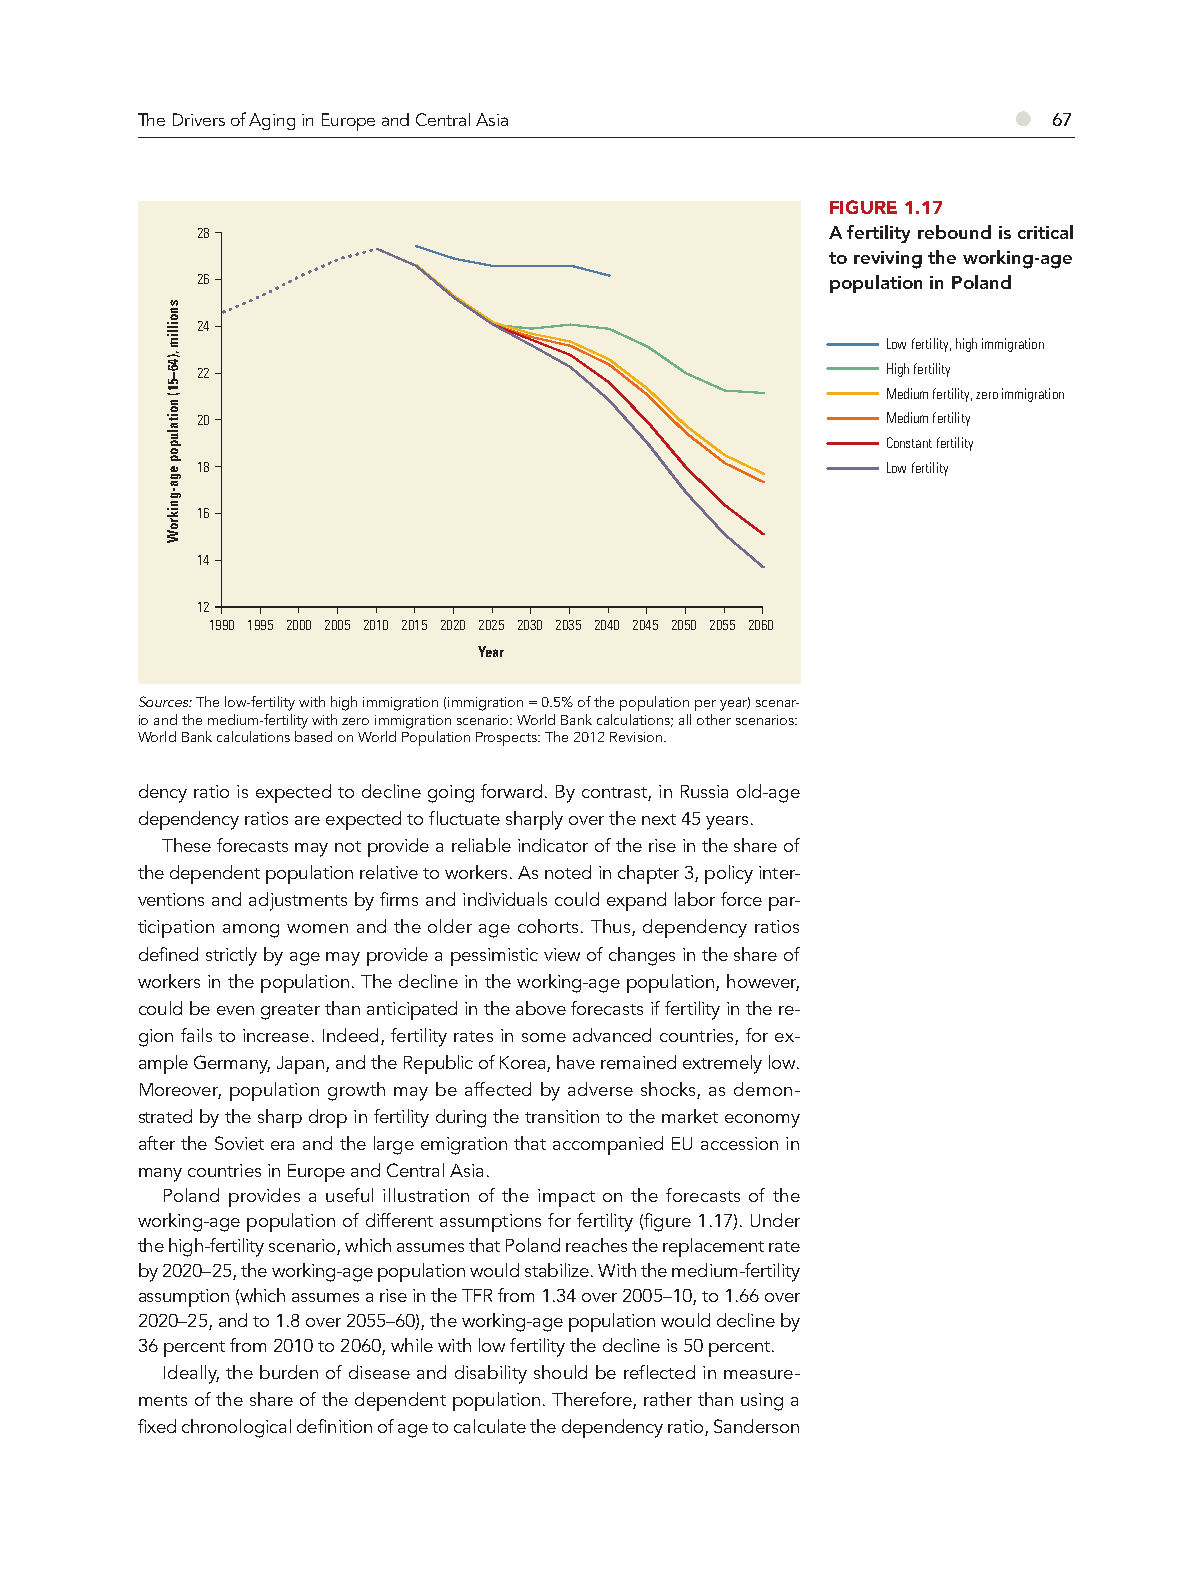
The Drivers of Aging in Europe and Central Asia           ●  67
 FIGURE 1.17
 28                                        A fertility rebound is critical
 to reviving the working-age
 26                                        population in Poland
 24
 Low fertility, high immigration
 22                                            High fertility
 Medium fertility, zero immigration
 20                                            Medium fertility
 Constant fertility
 18                                            Low fertility
 16
 14
 12
 1990 1995 2000 2005 2010 2015 2020 2025 2030 2035 2040 2045 2050 2055 2060
 Year
 Sources: The low-fertility with high immigration (immigration = 0.5% of the population per year) scenar-
 io and the medium-fertility with zero immigration scenario: World Bank calculations; all other scenarios:
 World Bank calculations based on World Population Prospects: The 2012 Revision.
 dency ratio is expected to decline going forward. By contrast, in Russia old-age
 dependency ratios are expected to fluctuate sharply over the next 45 years.
 These forecasts may not provide a reliable indicator of the rise in the share of
 the dependent population relative to workers. As noted in chapter 3, policy inter-
 ventions and adjustments by firms and individuals could expand labor force par-
 ticipation among women and the older age cohorts. Thus, dependency ratios
 defined strictly by age may provide a pessimistic view of changes in the share of
 workers in the population. The decline in the working-age population, however,
 could be even greater than anticipated in the above forecasts if fertility in the re-
 gion fails to increase. Indeed, fertility rates in some advanced countries, for ex-
 ample Germany, Japan, and the Republic of Korea, have remained extremely low.
 Moreover, population growth may be affected by adverse shocks, as demon-
 strated by the sharp drop in fertility during the transition to the market economy
 after the Soviet era and the large emigration that accompanied EU accession in
 many countries in Europe and Central Asia.
 Poland provides a useful illustration of the impact on the forecasts of the
 working-age population of different assumptions for fertility (figure 1.17). Under
 the high-fertility scenario, which assumes that Poland reaches the replacement rate
 by 2020–25, the working-age population would stabilize. With the medium-fertility
 assumption (which assumes a rise in the TFR from 1.34 over 2005–10, to 1.66 over
 2020–25, and to 1.8 over 2055–60), the working-age population would decline by
 36 percent from 2010 to 2060, while with low fertility the decline is 50 percent.
 Ideally, the burden of disease and disability should be reflected in measure-
 ments of the share of the dependent population. Therefore, rather than using a
 fixed chronological definition of age to calculate the dependency ratio, Sanderson
 snoillim
 ,)46–51(
 noitalupop
 ega-gnikroW